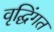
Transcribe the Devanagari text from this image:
वृद्घिंगत